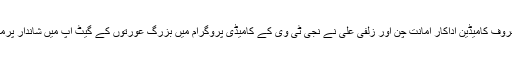
20 اپریل2018ء) معروف کامیڈین اداکار امانت چن اور زلفی علی نے نجی ٹی وی کے کامیڈی پروگرام میں بزرگ عورتوں کے گیٹ اپ میں شاندار پرمارمنس کا مظاہرہ کیا ۔